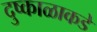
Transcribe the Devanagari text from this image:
दुष्काळाकडे